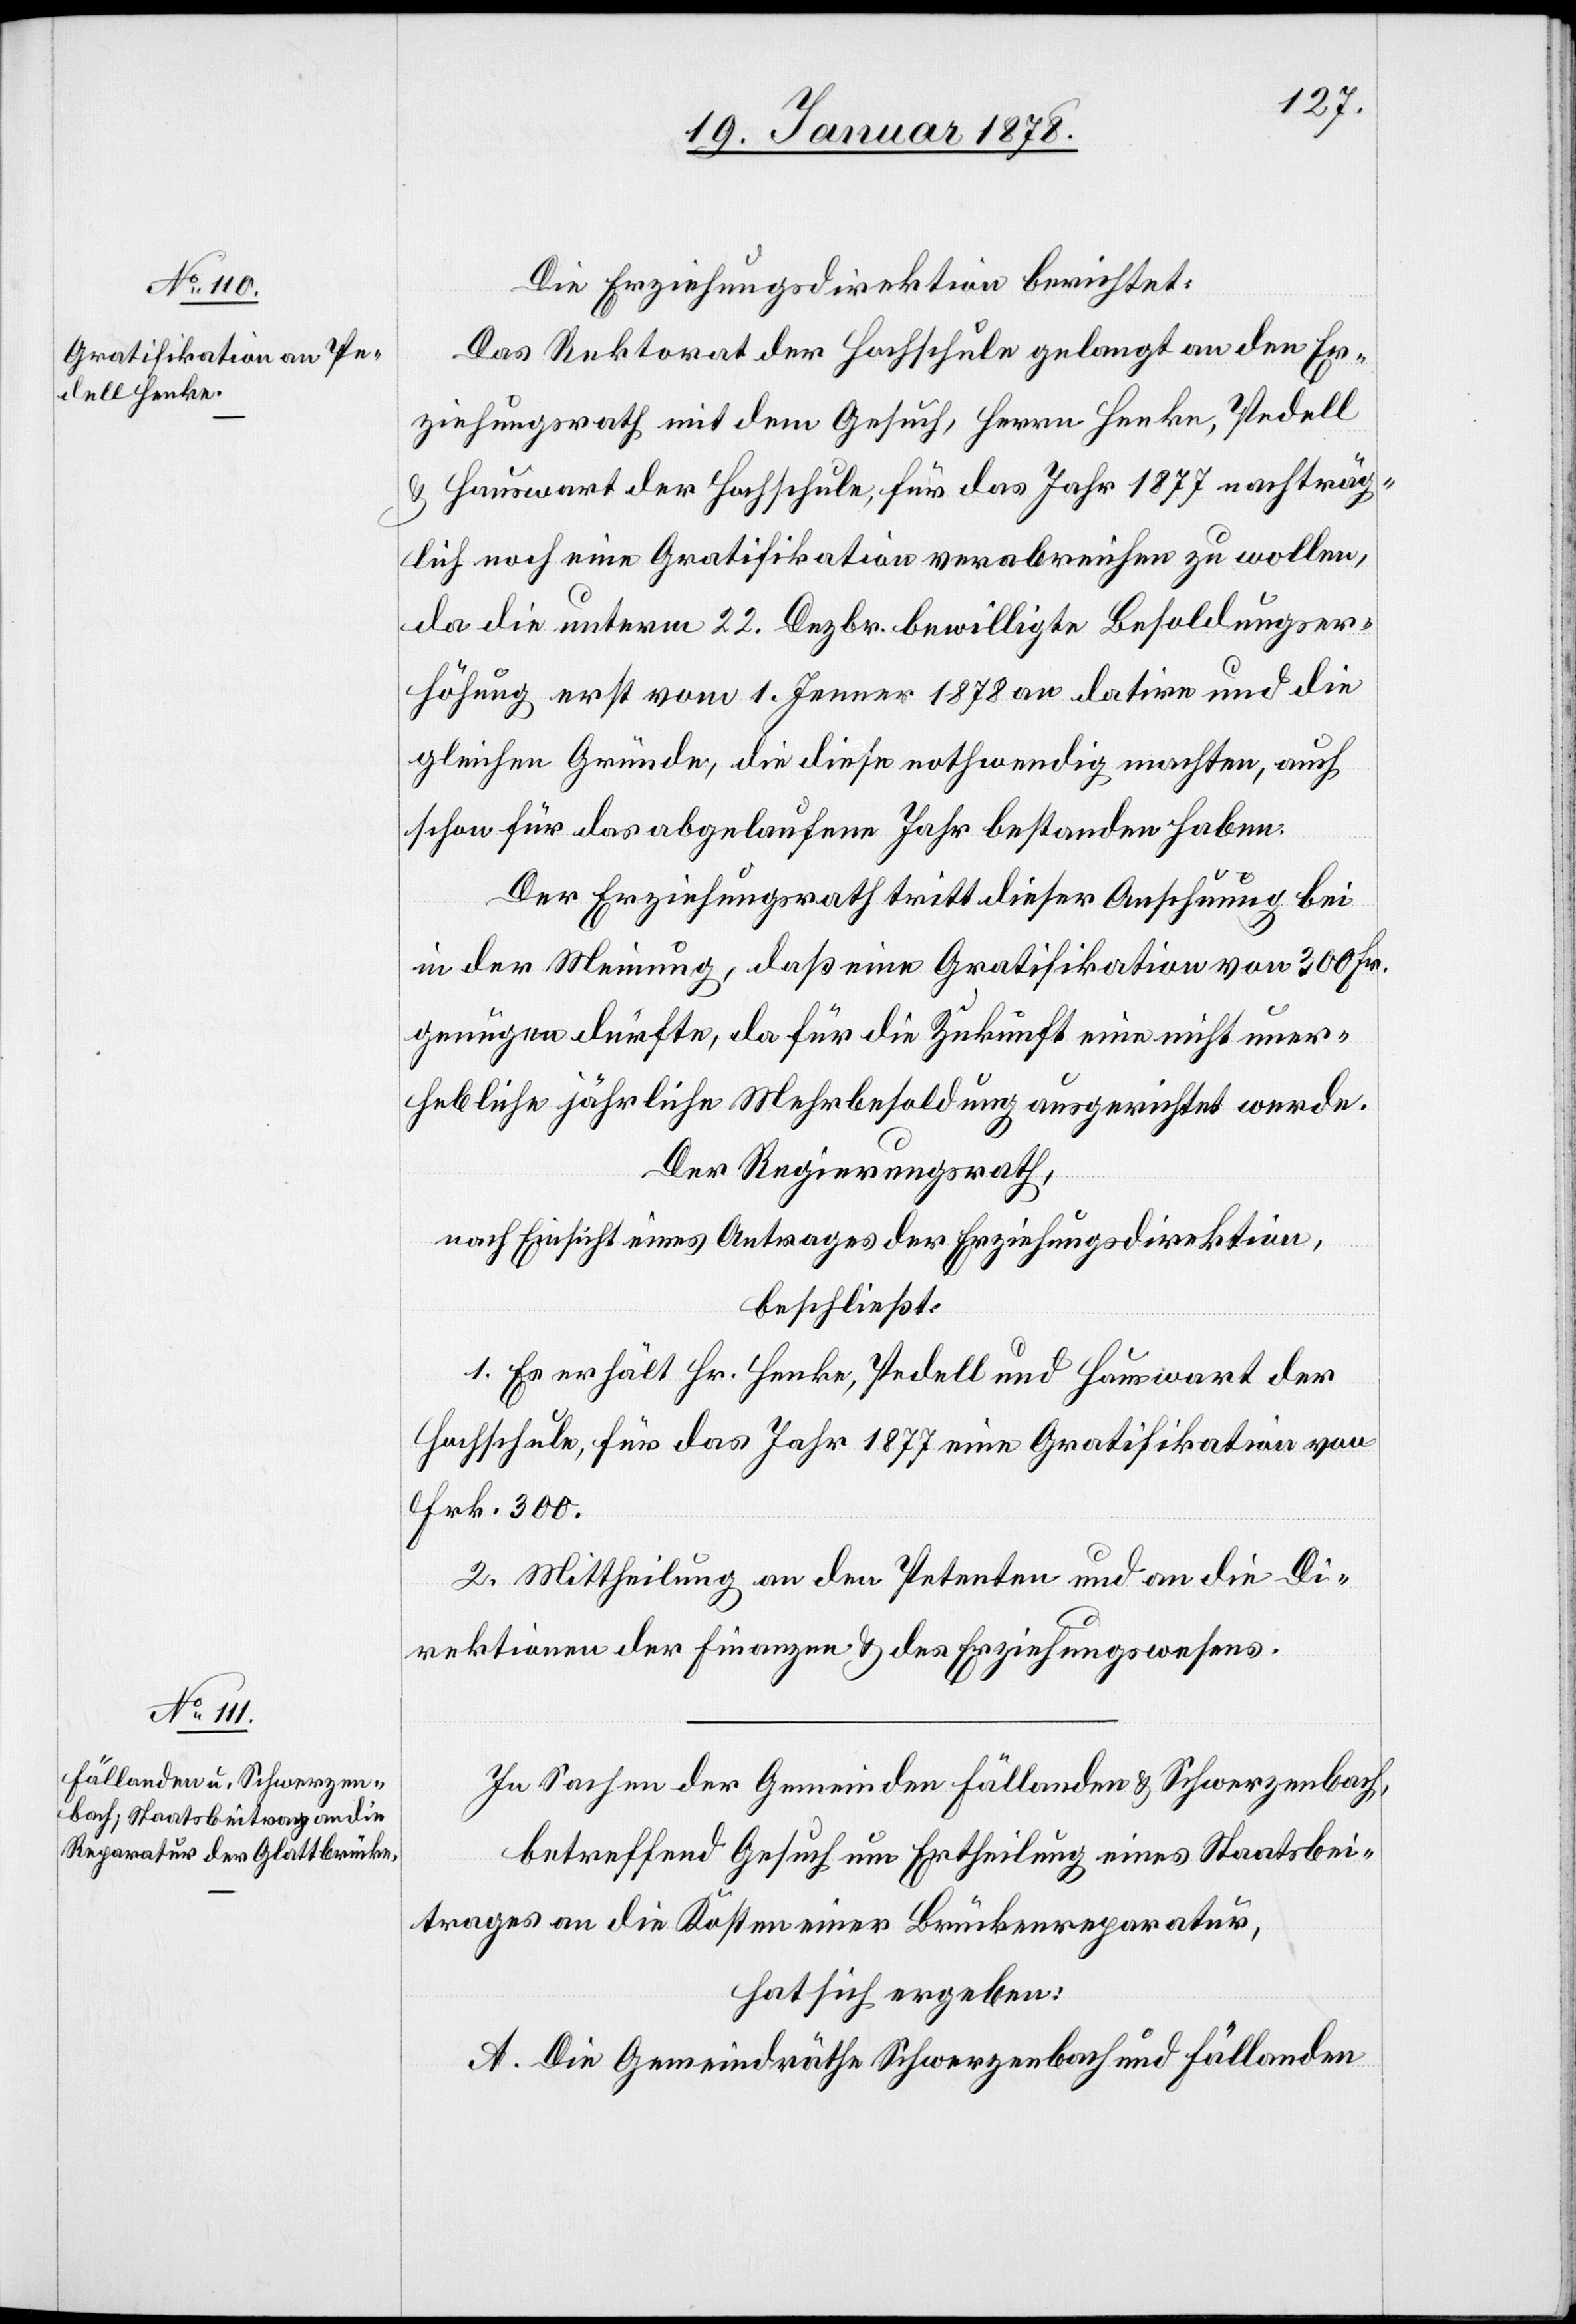
Die Erziehungsdirektion berichtet:
Das Rektorat der Hochschule gelangt an den Er¬
ziehungsrath mit dem Gesuch, Herrn Henke, Pedell
& Hauswart der Hochschule, für das Jahr 1877 nachträg¬
lich noch eine Gratifikation verabreichen zu wollen,
da die unterm 22. Dezbr. bewilligte Besoldungser¬
höhung erst vom 1. Jenner 1878 an datire und die
gleichen Gründe, die diese nothwendig machten, auch
schon für das abgelaufene Jahr bestanden haben.
Der Erziehungsrath tritt dieser Ansch[a]uung bei
in der Meinung, daß eine Gratifikation von 300 Fr.
genügen dürfte, da für die Zukunft eine nicht uner¬
hebliche jährliche Mehrbesoldung ausgerichtet werde.
Der Regierungsrath,
nach Einsicht eines Antrages der Erziehungsdirektion,
beschließt:
1. Es erhält Hr. Henke, Pedell und Hauswart der
Hochschule, für das Jahr 1877 eine Gratifikation von
Frk. 300.
2. Mittheilung an den Petenten und an die Di¬
rektionen der Finanzen & des Erziehungswesens.
In Sachen der Gemeinden Fällanden & Schwerzenbach,
betreffend Gesuch um Ertheilung eines Staatsbei¬
trages an die Kosten einer Brückenreparatur,
hat sich ergeben:
A. Die Gemeindräthe Schwerzenbach und Fällanden